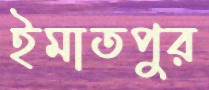
ইমাতপুর